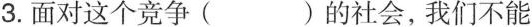
3.面对这个竞争( )的社会，我们不能